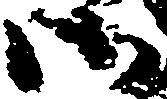
御